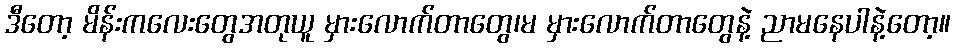
ဒီတော့ မိန်းကလေးတွေအတုယူ မှားလောက်တာတွေ၊မ မှားလောက်တာတွေနဲ့ ညာမနေပါနဲ့တော့။